Vaccination in Bombay 1856-1862 - 1856-1862
Year: 1856
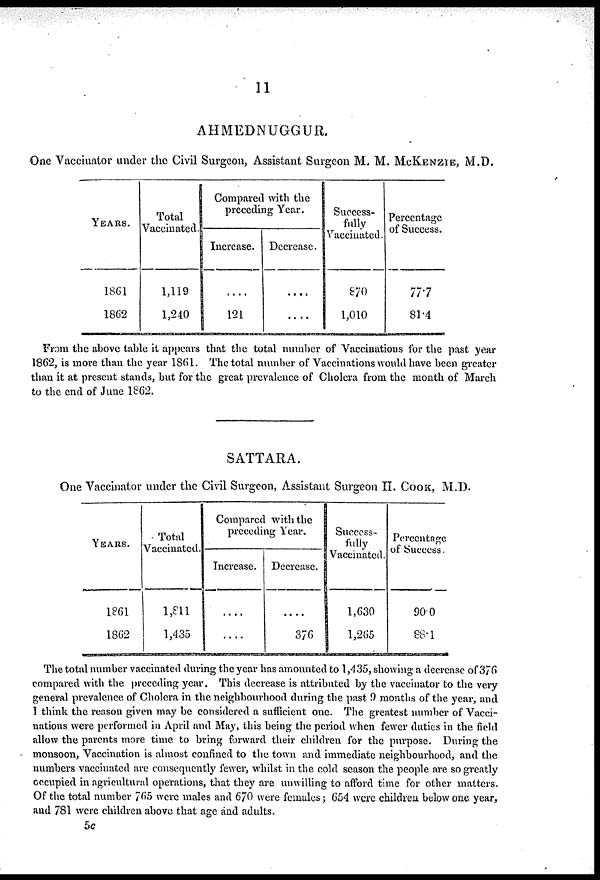
11
AHMEDNUGGUR.
One Vaccinator under the Civil Surgeon, Assistant Surgeon M. M. MCKENZIE, M.D.
YEARS.
1861
1862
Total
Vaccinated.
1,119
1,240
Compared with the
preceding Year.
Increase.
....
121
Decrease.
....
....
Success-
fully
Vaccinated.
870
1,010
Percentage
of Success.
77.7
81.4
From the above table it appears that the total number of Vaccinations for the past year
1862, is more than the year 1861. The total number of Vaccinations would have been greater
than it at present stands, but for the great prevalence of Cholera from the month of March
to the end of June 1862.
SATTARA.
One Vaccinator under the Civil Surgeon, Assistant Surgeon H. COOK, M.D.
YEARS.
1861
1862
Total
Vaccinated.
1,811
1,435
Compared with the
preceding Year.
Increase.
....
....
Decrease.
....
376
Success-
fully
Vaccinated.
1,630
1,265
Percentage
of Success.
90.0
88.1
The total number vaccinated during the year has amounted to 1,435, showing a decrease of 376
compared with the preceding year. This decrease is attributed by the vaccinator to the very
general prevalence of Cholera in the neighbourhood during the past 9 months of the year, and
I think the reason given may be considered a sufficient one. The greatest number of Vacci-
nations were performed in April and May, this being the period when fewer duties in the field
allow the parents more time to bring forward their children for the purpose. During the
monsoon, Vaccination is almost confined to the town and immediate neighbourhood, and the
numbers vaccinated are consequently fewer, whilst in the cold season the people are so greatly
occupied in agricultural operations, that they are unwilling to afford time for other matters.
Of the total number 765 were males and 670 were females; 654 were children below one year,
and 781 were children above that age and adults.
5c